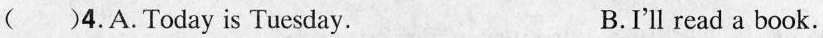
( )4. A. Today is Tuesday. B. I'll read a book.